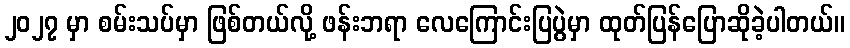
၂၀၂၇ မှာ စမ်းသပ်မှာ ဖြစ်တယ်လို့ ဖန်းဘရာ လေကြောင်းပြပွဲမှာ ထုတ်ပြန်ပြောဆိုခဲ့ပါတယ်။